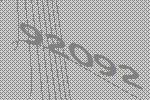
92092